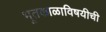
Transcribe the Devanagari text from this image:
भूतकाळाविषयीची